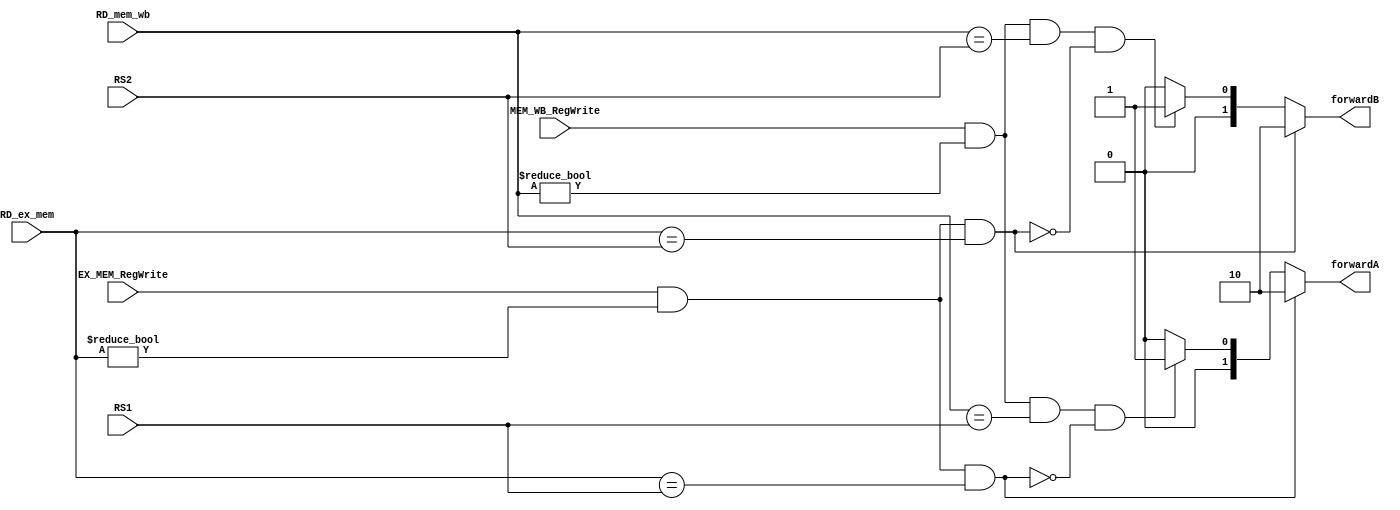
`timescale 1ns / 1ps
//////////////////////////////////////////////////////////////////////////////////
// Company: 
// Engineer: 
// 
// Design Name: 
// Module Name: forwarding_unit
// Project Name: 
// Target Devices: 
// Tool Versions: 
// Description: 
// 
// Dependencies: 
// 
// Revision:
// Revision 0.01 - File Created
// Additional Comments:
// 
//////////////////////////////////////////////////////////////////////////////////


module forwarding_unit( input [4:0] RS1 , RS2 , RD_ex_mem , RD_mem_wb, input EX_MEM_RegWrite,
 MEM_WB_RegWrite, output reg [1:0] forwardA,forwardB);

   
   always @(*) begin
   if (EX_MEM_RegWrite && (RD_ex_mem != 0) && (RD_ex_mem == RS1))
   forwardA = 2'b10;
   else
   if ((MEM_WB_RegWrite && (RD_mem_wb != 0) && (RD_mem_wb == RS1)) && !(EX_MEM_RegWrite && (RD_ex_mem != 0) && (RD_ex_mem == RS1)))
   forwardA = 2'b01;
   else 
   forwardA = 2'b00;
   
   if (EX_MEM_RegWrite && (RD_ex_mem != 0) && (RD_ex_mem == RS2))
   forwardB = 2'b10;
   else
   if ((MEM_WB_RegWrite && (RD_mem_wb != 0) && (RD_mem_wb == RS2)) && !(EX_MEM_RegWrite && (RD_ex_mem != 0) && (RD_ex_mem == RS2)))
   forwardB = 2'b01;
   else 
   forwardB = 2'b00;
   end
   
endmodule